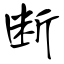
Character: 断